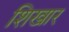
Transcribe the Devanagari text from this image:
शिखार